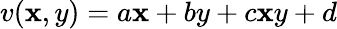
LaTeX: v(\mathbf{x},y)=a\mathbf{x}+by+c\mathbf{x}y+d